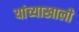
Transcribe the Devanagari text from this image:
यांच्याखाली